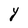
Character: Y